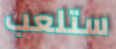
ستلعب